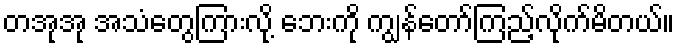
တအုအု အသံတွေကြားလို့ ဘေးကို ကျွန်တော်ကြည့်လိုက်မိတယ်။